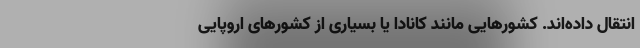
انتقال داده‌اند. کشورهایی مانند کانادا یا بسیاری از کشورهای اروپایی